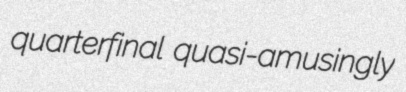
quarterfinal quasi-amusingly